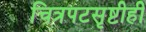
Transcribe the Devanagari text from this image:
चित्रपटसृष्टीही